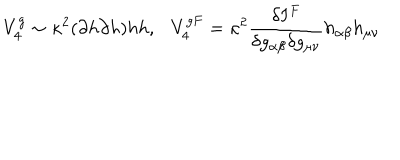
V _ { 4 } ^ { g } \sim \kappa ^ { 2 } ( \partial h \partial h ) h h , \ \ \ V _ { 4 } ^ { g F } = \kappa ^ { 2 } \frac { \delta I ^ { F } } { \delta g _ { \alpha \beta } \delta g _ { \mu \nu } } h _ { \alpha \beta } h _ { \mu \nu }